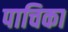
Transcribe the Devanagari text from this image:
पाचिका